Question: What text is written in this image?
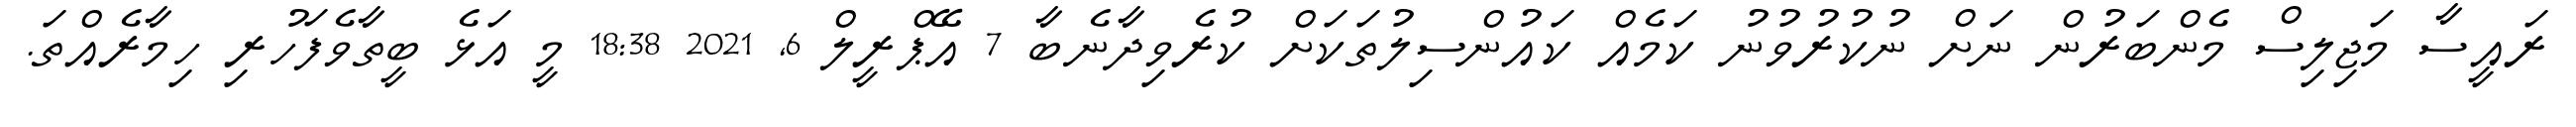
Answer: ރައީސާ މަޖިލިސް މެންބަރުން ނަށް ނުކުރުވުނު ކަމެއް ކައުންސިލުތަކަށް ކުރެވިދާނެބާ 7 އޭޕްރީލް 6, 2021 18:38 މީ އަޅެ ބީތާވެފަހުރި ހިމާރެއްތަ.